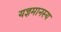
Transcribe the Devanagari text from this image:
यज्ञमानस्य